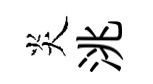
炎洮